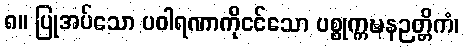
၈။ ပြုအပ်သော ပဝါရဏာကိုငင်သော ပစ္စုက္ကဍ္ဎနဉတ္တိကံ၊